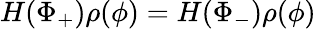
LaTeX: H(\Phi_{+})\rho(\phi)=H(\Phi_{-})\rho(\phi)